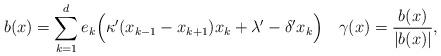
LaTeX: \begin{align*} b(x) = \sum_{k = 1}^d e_k\Big(\kappa'(x_{k-1} - x_{k+1})x_k + \lambda' - \delta'x_k\Big)\quad\gamma(x) = \frac{b(x)}{|b(x)|},\end{align*}